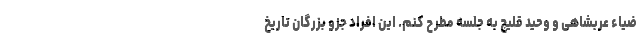
ضیاء عربشاهی و وحید قلیچ به جلسه مطرح کنم. این افراد جزو بزرگان تاریخ